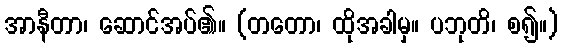
အာနီတာ၊ ဆောင်အပ်၏။ (တတော၊ ထိုအခါမှ။ ပဘုတိ၊ စ၍။)